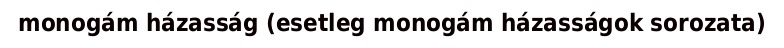
monogám házasság (esetleg monogám házasságok sorozata)